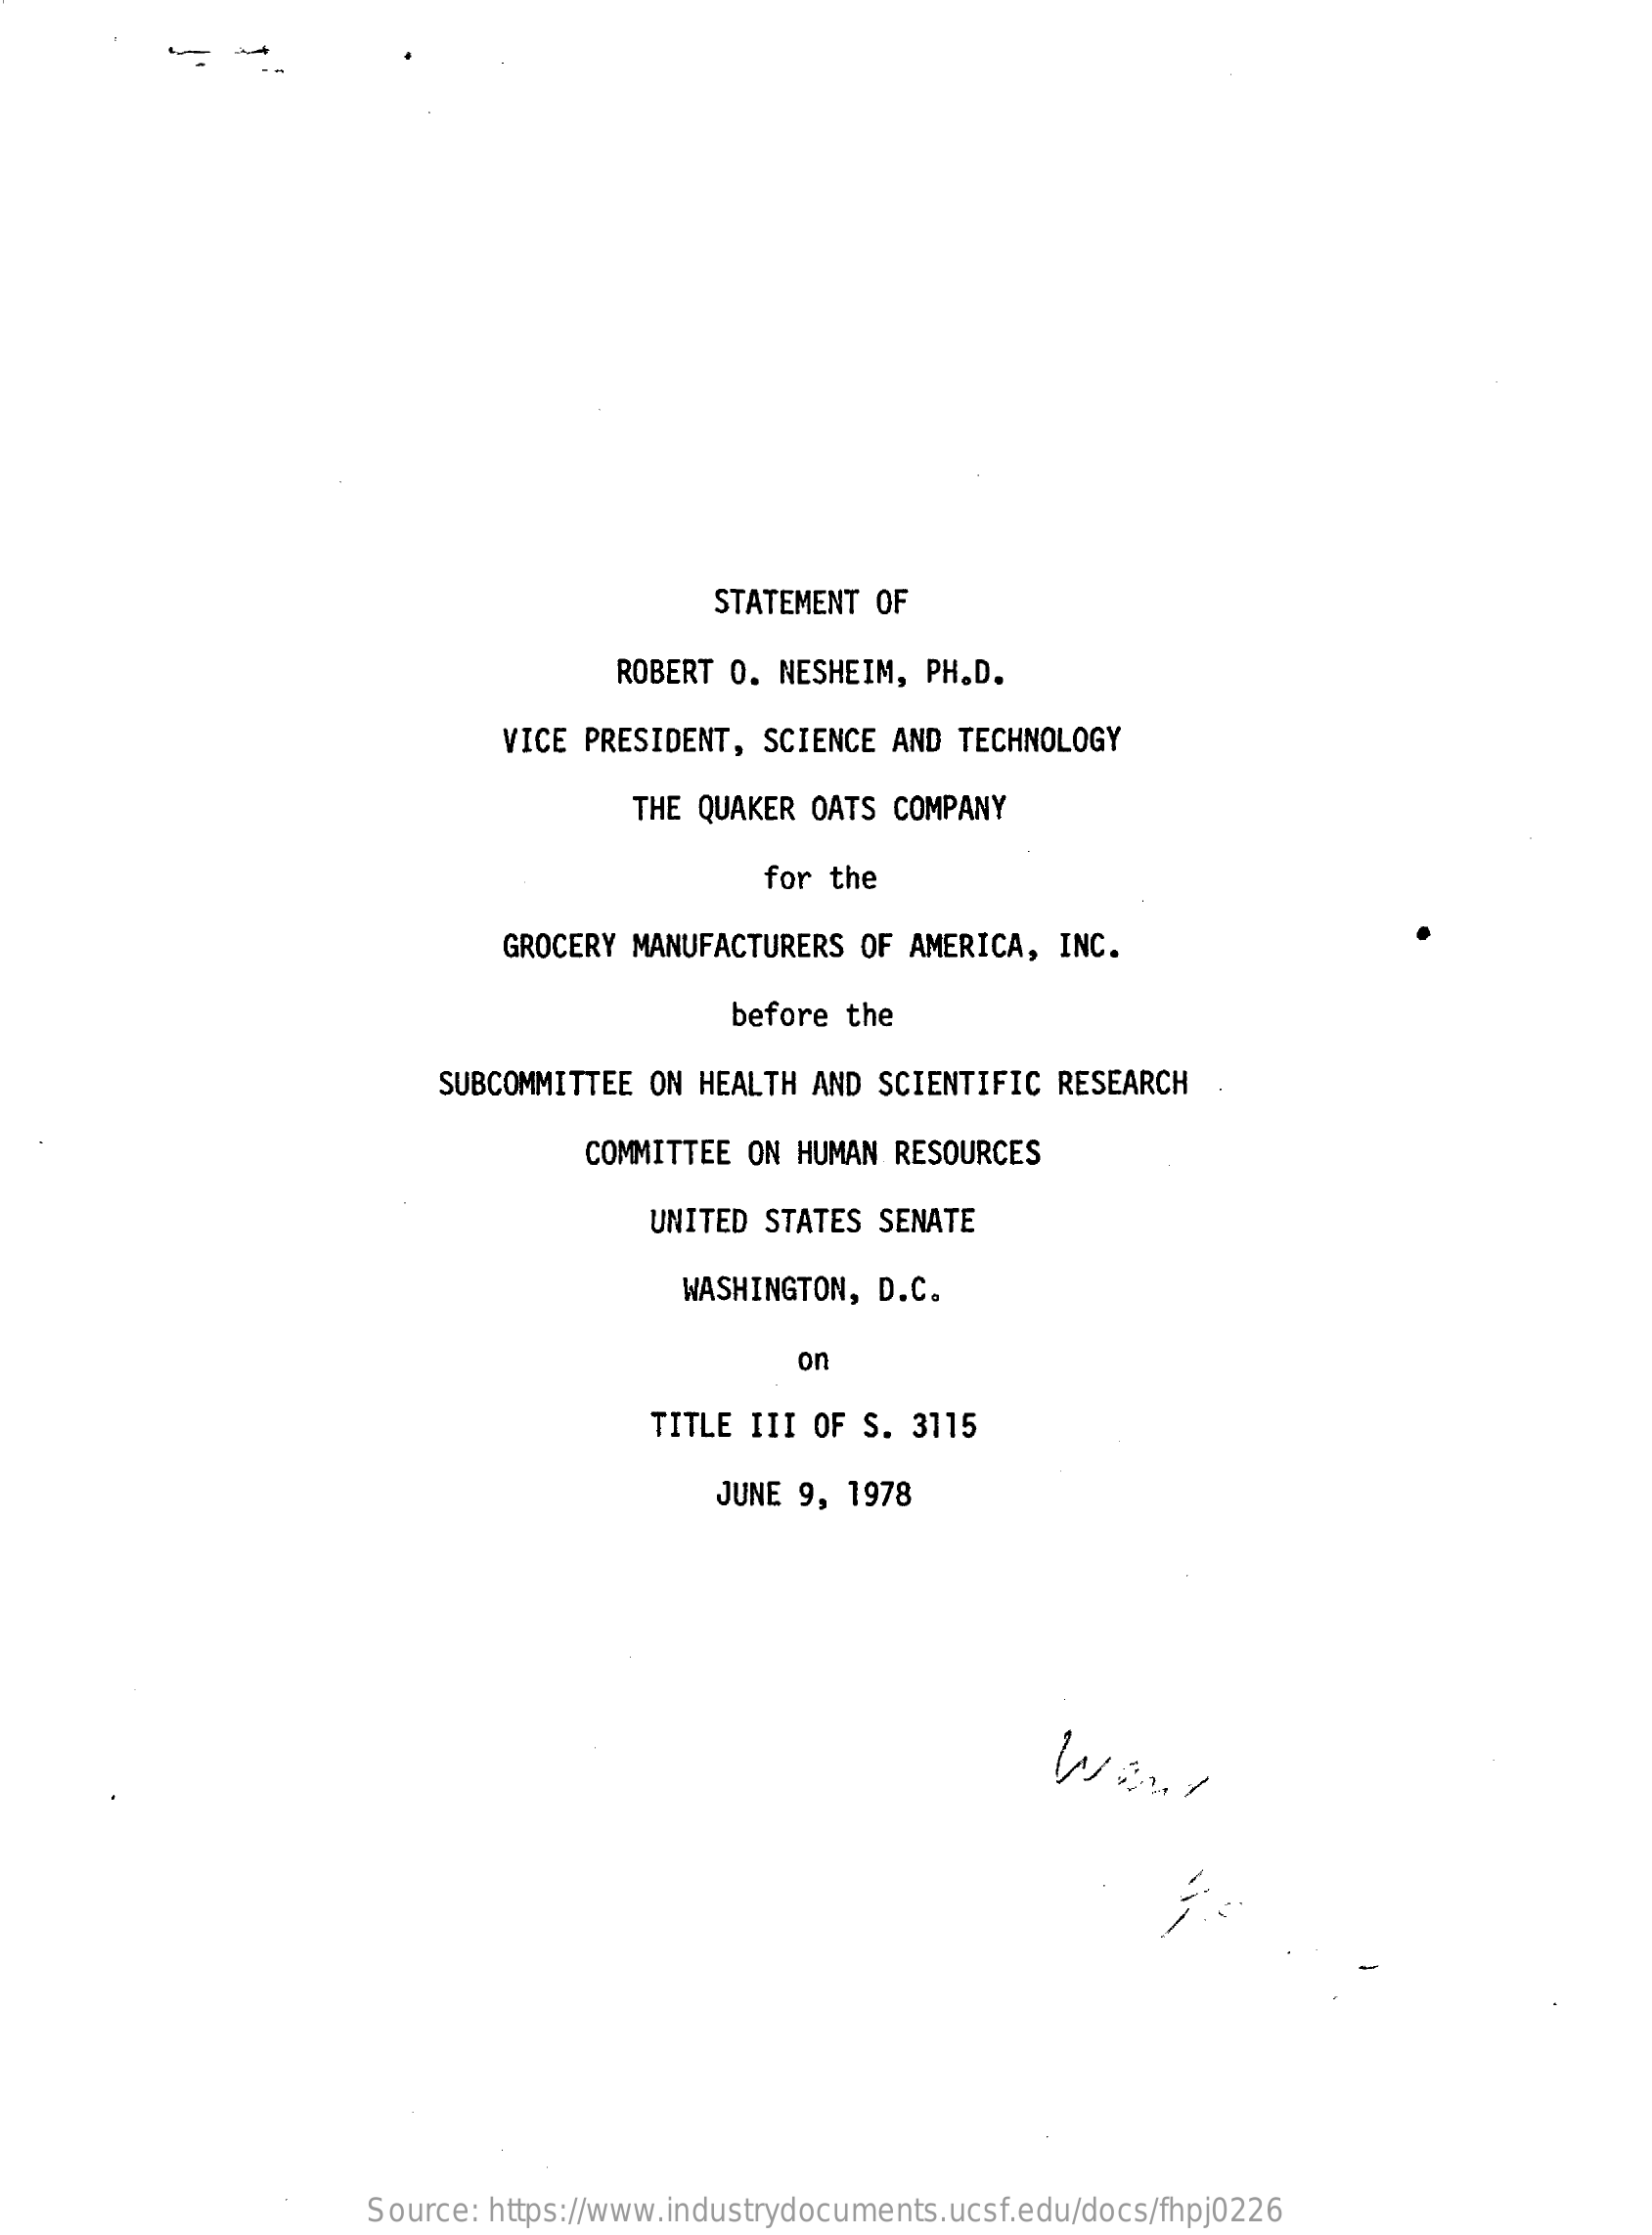
STATEMENT OF
     ROBERT 0. NESHEIM,  PH.D.
     VICE PRESIDENT, SCIENCE AND  TECHNOLOGY
     THE QUAKER OATS COMPANY
     for the
     GROCERY MANUFACTURERS OF  AMERICA, INC.
     before  the
     SUBCOMMITTEE  ON HEALTH AND  SCIENTIFIC RESEARCH
     COMMITTEE ON HUMAN  RESOURCES
     UNITED STATES  SENATE
     WASHINGTON, D.C.
     on
     TITLE III OF  S. 3115
     JUNE  9, 1978
     Source: https://www.industrydocuments.ucsf.edu/docs/fhpj0226